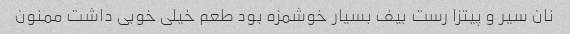
نان سیر و پیتزا رست بیف بسیار خوشمزه بود طعم خیلی خوبی داشت ممنون